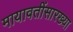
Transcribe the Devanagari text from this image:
मायावतींसारख्या